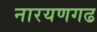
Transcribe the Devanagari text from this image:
नारयणगढ